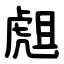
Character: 䖕